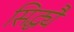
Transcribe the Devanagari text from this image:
सिद्ध्यै